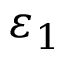
\varepsilon _ { 1 }